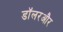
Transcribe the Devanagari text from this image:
डॉलरऔर